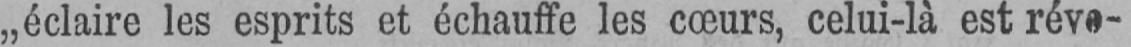
„éclaire les esprits et échauffe les cœurs, celui-là est réve-